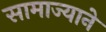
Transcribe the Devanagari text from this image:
सामाज्याने